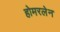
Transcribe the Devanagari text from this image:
होमरलेन